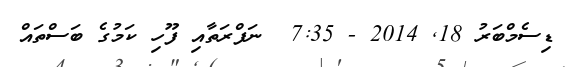
ޑިސެމްބަރު 18